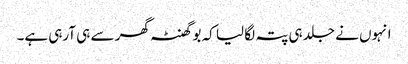
انہوں نے جلد ہی پتہ لگا لیا کہ بو گھنٹہ گھر سے ہی آرہی ہے۔